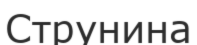
Струнина